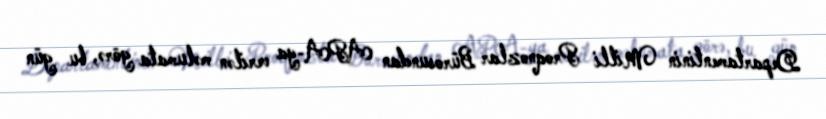
Departamentinin Milli Proqnozlar Bürosundan APA-ya verilən məlumata görə, bu gün